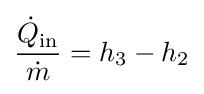
{\frac {{\dot {Q}}_{\text{in}}}{\dot {m}}}=h_{3}-h_{2}